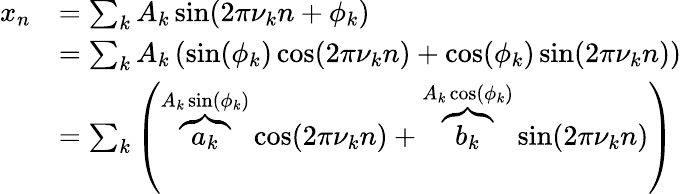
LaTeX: {\begin{array}{rl}{x_{n}}&{=\sum_{k}A_{k}\sin(2\pi\nu_{k}n+\phi_{k})}\\ &{=\sum_{k}A_{k}\left(\sin(\phi_{k})\cos(2\pi\nu_{k}n)+\cos(\phi_{k})\sin(2\pi\nu_{k}n)\right)}\\ &{=\sum_{k}\left(\overbrace{a_{k}}^{A_{k}\sin(\phi_{k})}\cos(2\pi\nu_{k}n)+\overbrace{b_{k}}^{A_{k}\cos(\phi_{k})}\sin(2\pi\nu_{k}n)\right)}\end{array}}